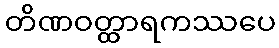
တိဏဝတ္ထာရကဿပေ